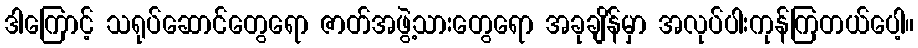
ဒါကြောင့် သရုပ်ဆောင်တွေရော ဇာတ်အဖွဲ့သားတွေရော အခုချိန်မှာ အလုပ်ပါးကုန်ကြတယ်ပေါ့။